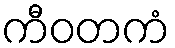
ကီဝတကံ